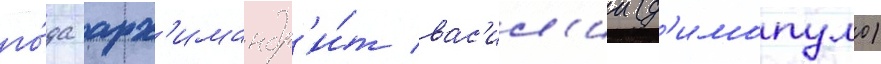
го́да арх'имандр'и́т вас'ил'ии (д'имопуло)